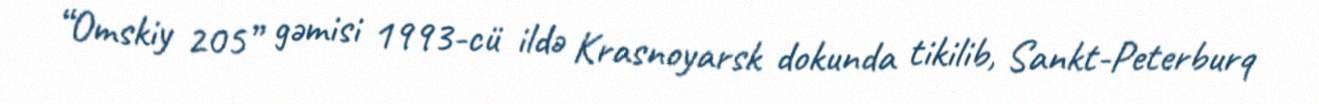
“Omskiy 205” gəmisi 1993-cü ildə Krasnoyarsk dokunda tikilib, Sankt-Peterburq